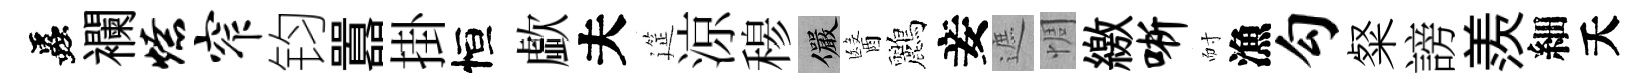
蟲襴燎窄钧囂掛恒歔夫筵涼𥠇儼醫鸝妾遮惆繳晰耐漁勾粲謗羨細夭